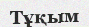
Тұқым